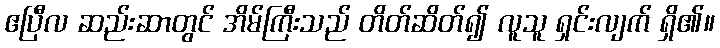
ဧပြီလ ဆည်းဆာတွင် အိမ်ကြီးသည် တိတ်ဆိတ်၍ လူသူ ရှင်းလျက် ရှိ၏။